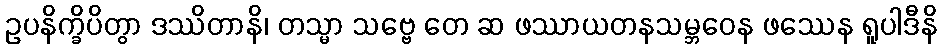
ဥပနိက္ခိပိတွာ ဒဿိတာနိ၊ တသ္မာ သဗ္ဗေ တေ ဆ ဖဿာယတနသမ္ဘဝေန ဖဿေန ရူပါဒီနိ